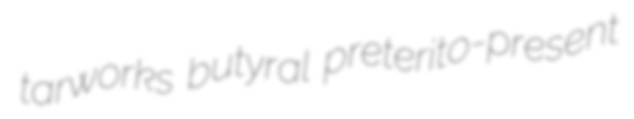
tarworks butyral preterito-present